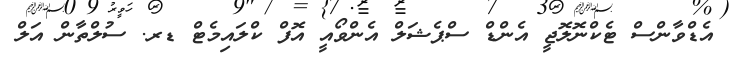
އެޑްވާންސް ޓެކްނޮލޮޖީ އެންޑް ސްޕެޝަލް އެންވޯއީ އޮފް ކްލައިމެޓް ޑރ. ސުލްތާން އަލް